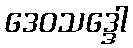
ဒေဝသဒ္ဒေါ